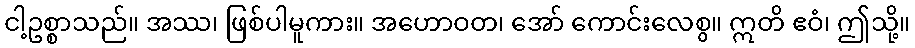
ငါ့ဥစ္စာသည်။ အဿ၊ ဖြစ်ပါမူကား။ အဟောဝတ၊ အော် ကောင်းလေစွ။ ဣတိ ဧဝံ၊ ဤသို့။